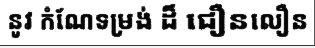
នូវ កំណែទម្រង់ ដ៏ ជឿនលឿន